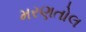
મરણતોલ